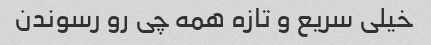
خیلی سریع و تازه همه چی رو رسوندن